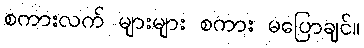
စကားလက် များများ စကား မပြောချင်။